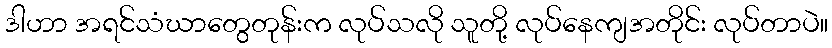
ဒါဟာ အရင်သံဃာတွေတုန်းက လုပ်သလို သူတို့ လုပ်နေကျအတိုင်း လုပ်တာပဲ။